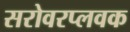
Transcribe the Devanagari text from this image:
सरोवरप्लवक